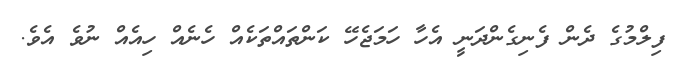
ފިލްމުގެ ދެން ފެނިގެންދަނީ އެހާ ހަމަޖެހޭ ކަންތައްތަކެއް ހެނެއް ހިއެއް ނުވެ އެވެ.